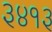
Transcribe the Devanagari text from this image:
३४१३